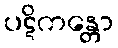
ပဋိကန္တော